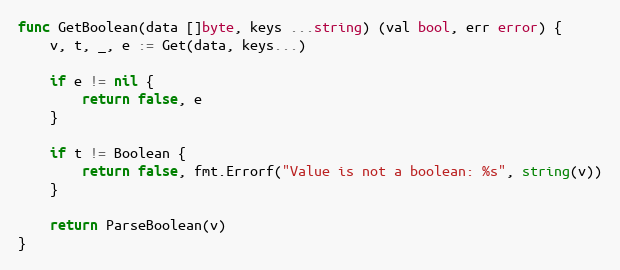
Language: Go
func GetBoolean(data []byte, keys ...string) (val bool, err error) {
	v, t, _, e := Get(data, keys...)

	if e != nil {
		return false, e
	}

	if t != Boolean {
		return false, fmt.Errorf("Value is not a boolean: %s", string(v))
	}

	return ParseBoolean(v)
}